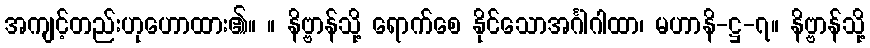
အကျင့်တည်းဟုဟောထား၏။ ။ နိဗ္ဗာန်သို့ ရောက်စေ နိုင်သောအင်္ဂါဂါထာ၊ မဟာနိ-ဋ္ဌ-၇။ နိဗ္ဗာန်သို့